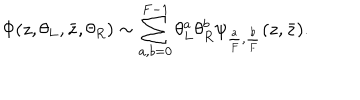
\Phi ( z , \theta _ { L } , \bar { z } , \theta _ { R } ) \sim \sum _ { a , b = 0 } ^ { F - 1 } \theta _ { L } ^ { a } \theta _ { R } ^ { b } \psi _ { { \frac { a } { F } } , { \frac { b } { F } } } ( z , { \bar { z } } ) .